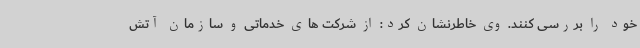
خود را بررسی کنند. وی خاطرنشان کرد: از شرکت های خدماتی و سازمان آتش